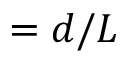
= d / L